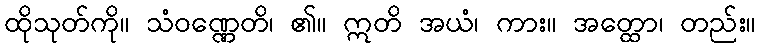
ထိုသုတ်ကို။ သံဝဏ္ဏေတိ၊ ၏။ ဣတိ အယံ၊ ကား။ အတ္ထော၊ တည်း။